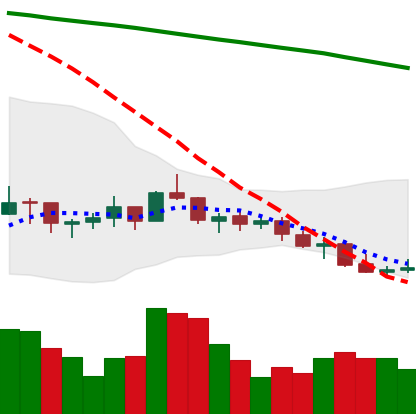
Ticker: LINK-USD
Chart end date: 2021-07-18
Forward return: 6.51%
Label: up_5_7